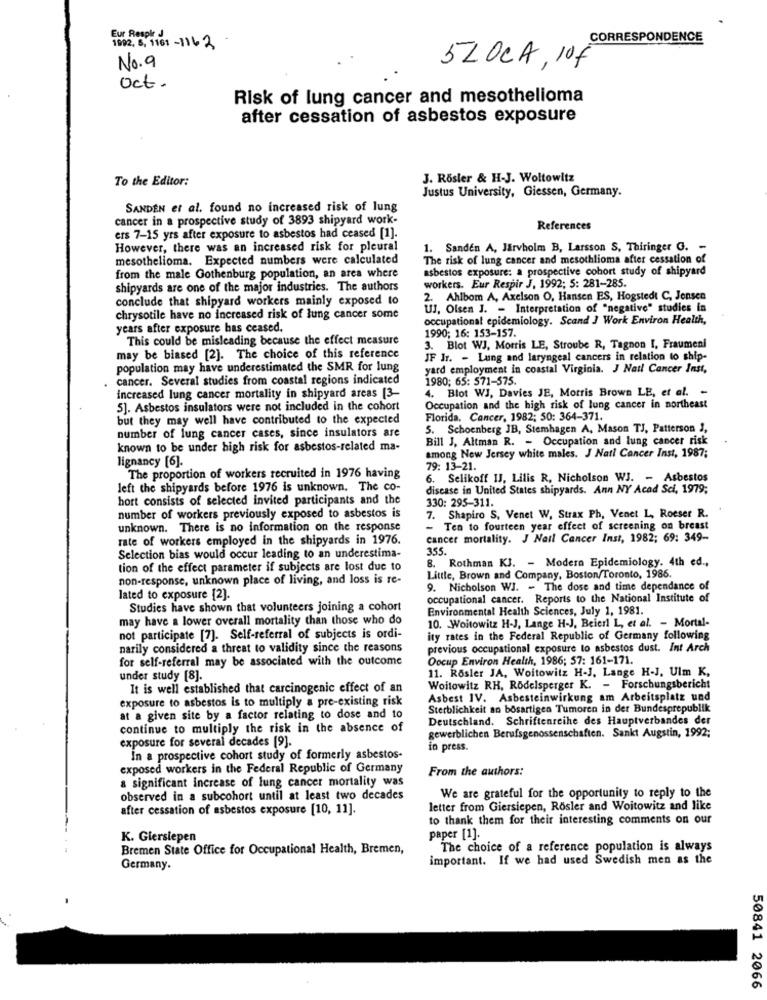
Eur Respk J
CORRESPONDENCE
1992, 6, 1161 -1162
No.9
5LOCA, 10€
Oct.
Risk of lung cancer and mesothelioma
after cessation of asbestos exposure
To the Editor:
J. Rösler & H-J. Woltowitz
Justus University, Giessen, Germany.
SANDEN et al. found no increased risk of lung
cancer in a prospective study of 3893 shipyard work-
References
ers 7-15 yrs after exposure to asbestos had ceased [1].
However, there was an increased risk for pleural
1. Sanden A, Järvholm B, Larsson S, Thiringer G. -
mesothelioma. Expected numbers were calculated
The risk of lung cancer and mesothlioma after cessation of
asbestos exposure: a prospective cohort study of shipyard
from the male Gothenburg population, an area where
shipyards are one of the major industries. The authors
workers. Eur Respir J, 1992; 5: 281-285.
conclude that shipyard workers mainly exposed to
2. Ahlbom A, Axelson O, Hansen ES, Hogstedt C. Jensen
UJ, Olsen J. - Interpretation of "negative" studies in
chrysotile have no increased risk of lung cancer some
occupational epidemiology. Scand J Work Environ Health,
years after exposure has ceased.
1990; 16: 153-157.
This could be misleading because the effect measure
3. Blot WJ, Morris LE, Stroube R, Tagnon I, Fraumeni
may be biased [2]. The choice of this reference
JF Ir. - Lung and laryngeal cancers in relation to ship-
population may have underestimated the SMR for lung
yard employment in coastal Virginia. J Natl Cancer Inst,
cancer. Several studies from coastal regions indicated
1980; 65: 571-575.
4. Blot WJ, Davies JE, Morris Brown LE, et al. -
increased lung cancer mortality in shipyard areas [3-
5]. Asbestos insulators were not included in the cohort
Occupation and the high risk of lung cancer in northeast
but they may well have contributed to the expected
Florida. Cancer, 1982; 50: 364-371.
5. Schoenberg JB, Stemhagen A, Mason TJ, Patterson 3,
number of lung cancer cases, since insulators are
Bill J, Altman R. - Occupation and lung cancer risk
known to be under high risk for asbestos-related ma-
among New Jersey white males. J Nati Cancer Inst, 1987;
lignancy [6].
79: 13-21.
The proportion of workers recruited in 1976 having
6. Selikoff IJ, Lilis R, Nicholson WJ. - Asbestos
left the shipyards before 1976 is unknown. The co-
disease in United States shipyards. Ann NY Acad Sci, 1979;
hort consists of selected invited participants and the
330: 295-311.
number of workers previously exposed to asbestos is
7. Shapiro S, Venet W. Strax Ph, Venet L, Roeser R.
unknown. There is no information on the response
- Ten to fourteen year effect of screening on breast
rate of workers employed in the shipyards in 1976.
cancer mortality. J Nail Cancer Inst, 1982; 69: 349-
355.
Selection bias would occur leading to an underestima-
. Rothman KJ. - Modera Epidemiology. 4th ed .,
tion of the effect parameter if subjects are lost due to
non-response, unknown place of living, and loss is re-
Little, Brown and Company, Boston/Toronto, 1986.
9. Nicholson WJ. - The dose and time dependance of
lated to exposure [2].
occupational cancer. Reports to the National Institute of
Studies have shown that volunteers joining a cohort
Environmental Health Sciences, July 1, 1981.
may have a lower overall mortality than those who do
10. Woitowitz H-J, Lange H-J, Beierl L, et al. - Mortal-
not participate [7]. Self-referral of subjects is ordi-
ity rates in the Federal Republic of Germany following
narily considered a threat to validity since the reasons
previous occupational exposure to asbestos dust. Int Arch
for self-referral may be associated with the outcome
Occup Environ Health, 1986; 57: 161-171.
11. Rösler JA, Woitowitz H-J, Lange H-J, Ulm K,
under study [8].
It is well established that carcinogenic effect of an
Woitowitz RH, Rödelsperger K. - Forschungsbericht
exposure to asbestos is to multiply a pre-existing risk
Asbest IV. Asbesteinwirkung am Arbeitsplatz und
Sterblichkeit an bösartigen Tumoren in der Bundesprepublik
at a given site by a factor relating to dose and to
Deutschland. Schriftenreihe des Hauptverbandes der
continue to multiply the risk in the absence of
gewerblichen Berufsgenossenschaften. Sankt Augstin, 1992;
exposure for several decades [9].
in press.
In a prospective cohort study of formerly asbestos-
exposed workers in the Federal Republic of Germany
From the authors:
a significant increase of lung cancer mortality was
observed in a subcohort until at least two decades
We are grateful for the opportunity to reply to the
after cessation of asbestos exposure [10, 11].
letter from Giersiepen, Rösler and Woitowitz and like
to thank them for their interesting comments on our
K. Giersiepen
paper [1].
Bremen State Office for Occupational Health, Bremen,
The choice of a reference population is always
important. If we had used Swedish men as the
Germany.
50841 2066